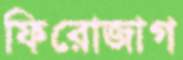
ফিরোজাগ